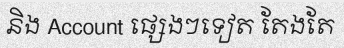
និង Account ផ្សេងៗទៀត តែងតែ